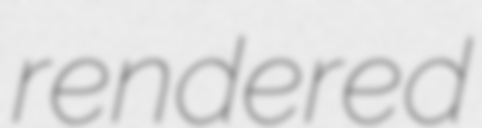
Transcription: rendered